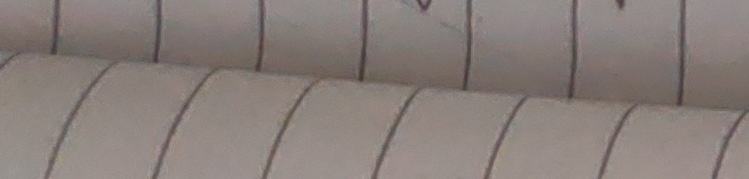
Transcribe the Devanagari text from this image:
मा